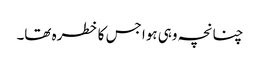
چنانچہ وہی ہوا جس کا خطرہ تھا۔